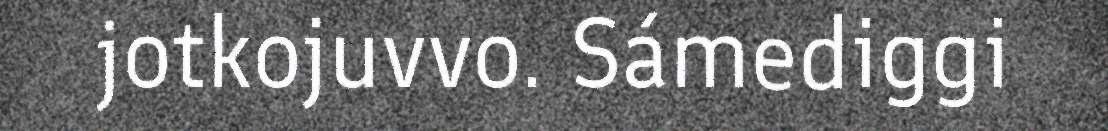
jotkojuvvo. Sámediggi